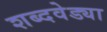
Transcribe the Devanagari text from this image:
शब्दवेड्या